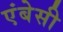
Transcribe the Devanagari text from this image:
एंबेसी